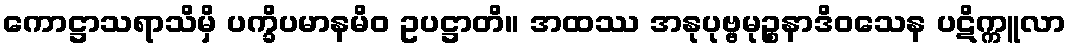
ကောဋ္ဌာသရာသိမှိ ပက္ခိပမာနမိဝ ဥပဋ္ဌာတိ။ အထဿ အနုပုဗ္ဗမုဉ္စနာဒိဝသေန ပဋိက္ကူလာ